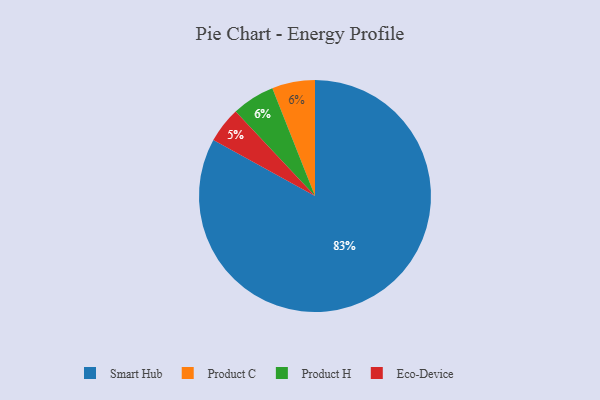
{"axis": {"x": "Category", "y": "Percentage"}, "legend": ["Eco-Device", "Product C", "Product H", "Smart Hub"], "data": [{"x": "Product C", "y": 6, "type": "Product C"}, {"x": "Smart Hub", "y": 83, "type": "Smart Hub"}, {"x": "Eco-Device", "y": 5, "type": "Eco-Device"}, {"x": "Product H", "y": 6, "type": "Product H"}]}